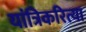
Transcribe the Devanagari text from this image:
यांत्रिकरित्या